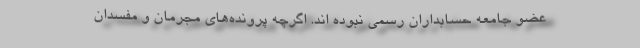
عضو جامعه حسابداران رسمی نبوده اند. اگرچه پرونده‌های مجرمان و مفسدان